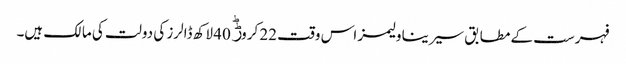
فہرست کے مطابق سیرینا ولیمز اس وقت 22 کروڑؕ 40 لاکھ ڈالرز کی دولت کی مالک ہیں۔